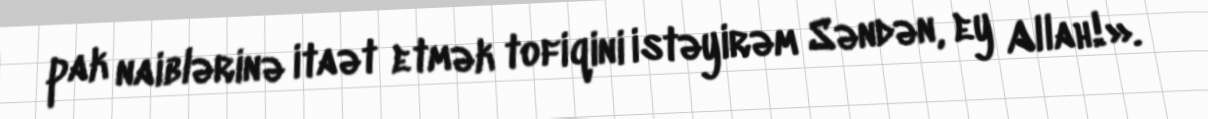
pak naiblərinə itaət etmək tofiqini istəyirəm Səndən, ey Allah!».